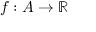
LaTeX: f : A \rightarrow \mathbb { R }